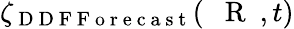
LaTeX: {\zeta}_{\mathrm{~D~D~F~F~o~r~e~c~a~s~t~}}(\mathrm{~{~\mathbf~R~}~},t)